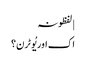
| لفظونہ
اک اور یُو ٹرن؟